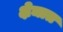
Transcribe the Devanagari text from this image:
क्षेञात